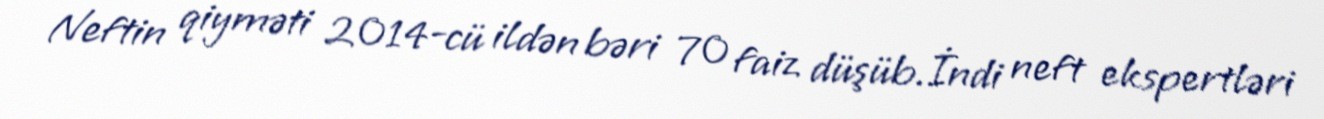
Neftin qiyməti 2014-cü ildən bəri 70 faiz düşüb.İndi neft ekspertləri